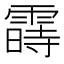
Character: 𬰈